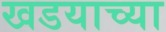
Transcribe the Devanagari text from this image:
खडयाच्या